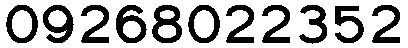
09268022352